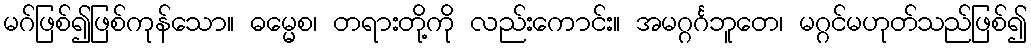
မဂ်ဖြစ်၍ဖြစ်ကုန်သော။ ဓမ္မေစ၊ တရားတို့ကို လည်းကောင်း။ အမဂ္ဂင်္ဂဘူတေ၊ မဂ္ဂင်မဟုတ်သည်ဖြစ်၍